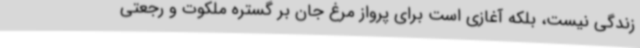
زندگی نیست، بلکه آغازی است برای پرواز مرغ جان بر گستره ملکوت و رجعتی